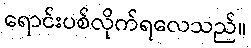
ရောင်းပစ်လိုက်ရလေသည်။